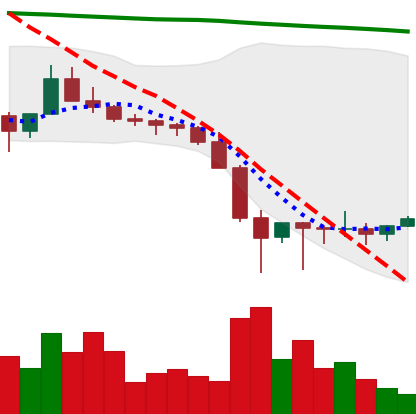
Ticker: XLM-USD
Chart end date: 2022-01-29
Forward return: -4.174%
Label: down_3_5